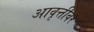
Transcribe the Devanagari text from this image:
आवृत्तीवर